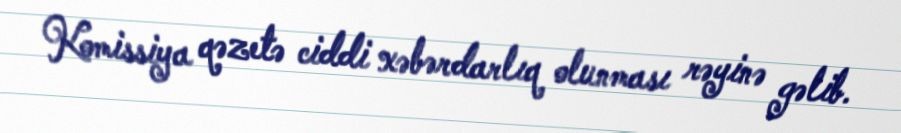
Komissiya qəzetə ciddi xəbərdarlıq olunması rəyinə gəlib.